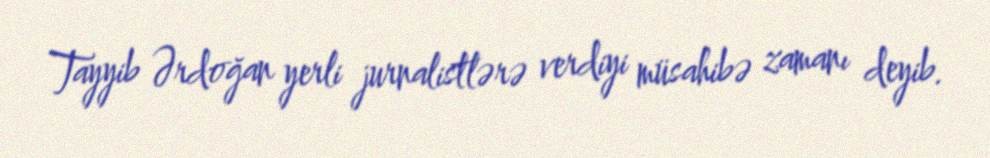
Tayyib Ərdoğan yerli jurnalistlərə verdiyi müsahibə zamanı deyib.